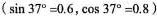
($$\sin 3 7 ° = 0 . 6$$，$$\cos 3 7 ° = 0 . 8$$)图8-3-20